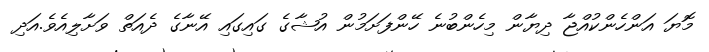
މޮޔަ އަންހެންކުއްޖާ ދިޔާން މިހެންބުނެ ހޭންފަށަމުން އުޝާގެ ގައިގައި އޭނާގެ ދެއަތް ވަށާލިއެވެ.އަދި